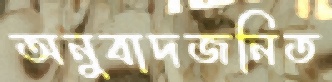
অনুবাদজনিত